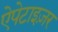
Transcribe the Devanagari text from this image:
ऐपेटाइज़र